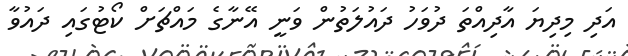
އަދި މިދިޔަ އާދިއްތަ ދުވަހު ދައުލަތުން ވަނީ އޭނާގެ މައްޗަށް ކޯޓުގައި ދައުވާ